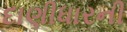
દાણીધારની